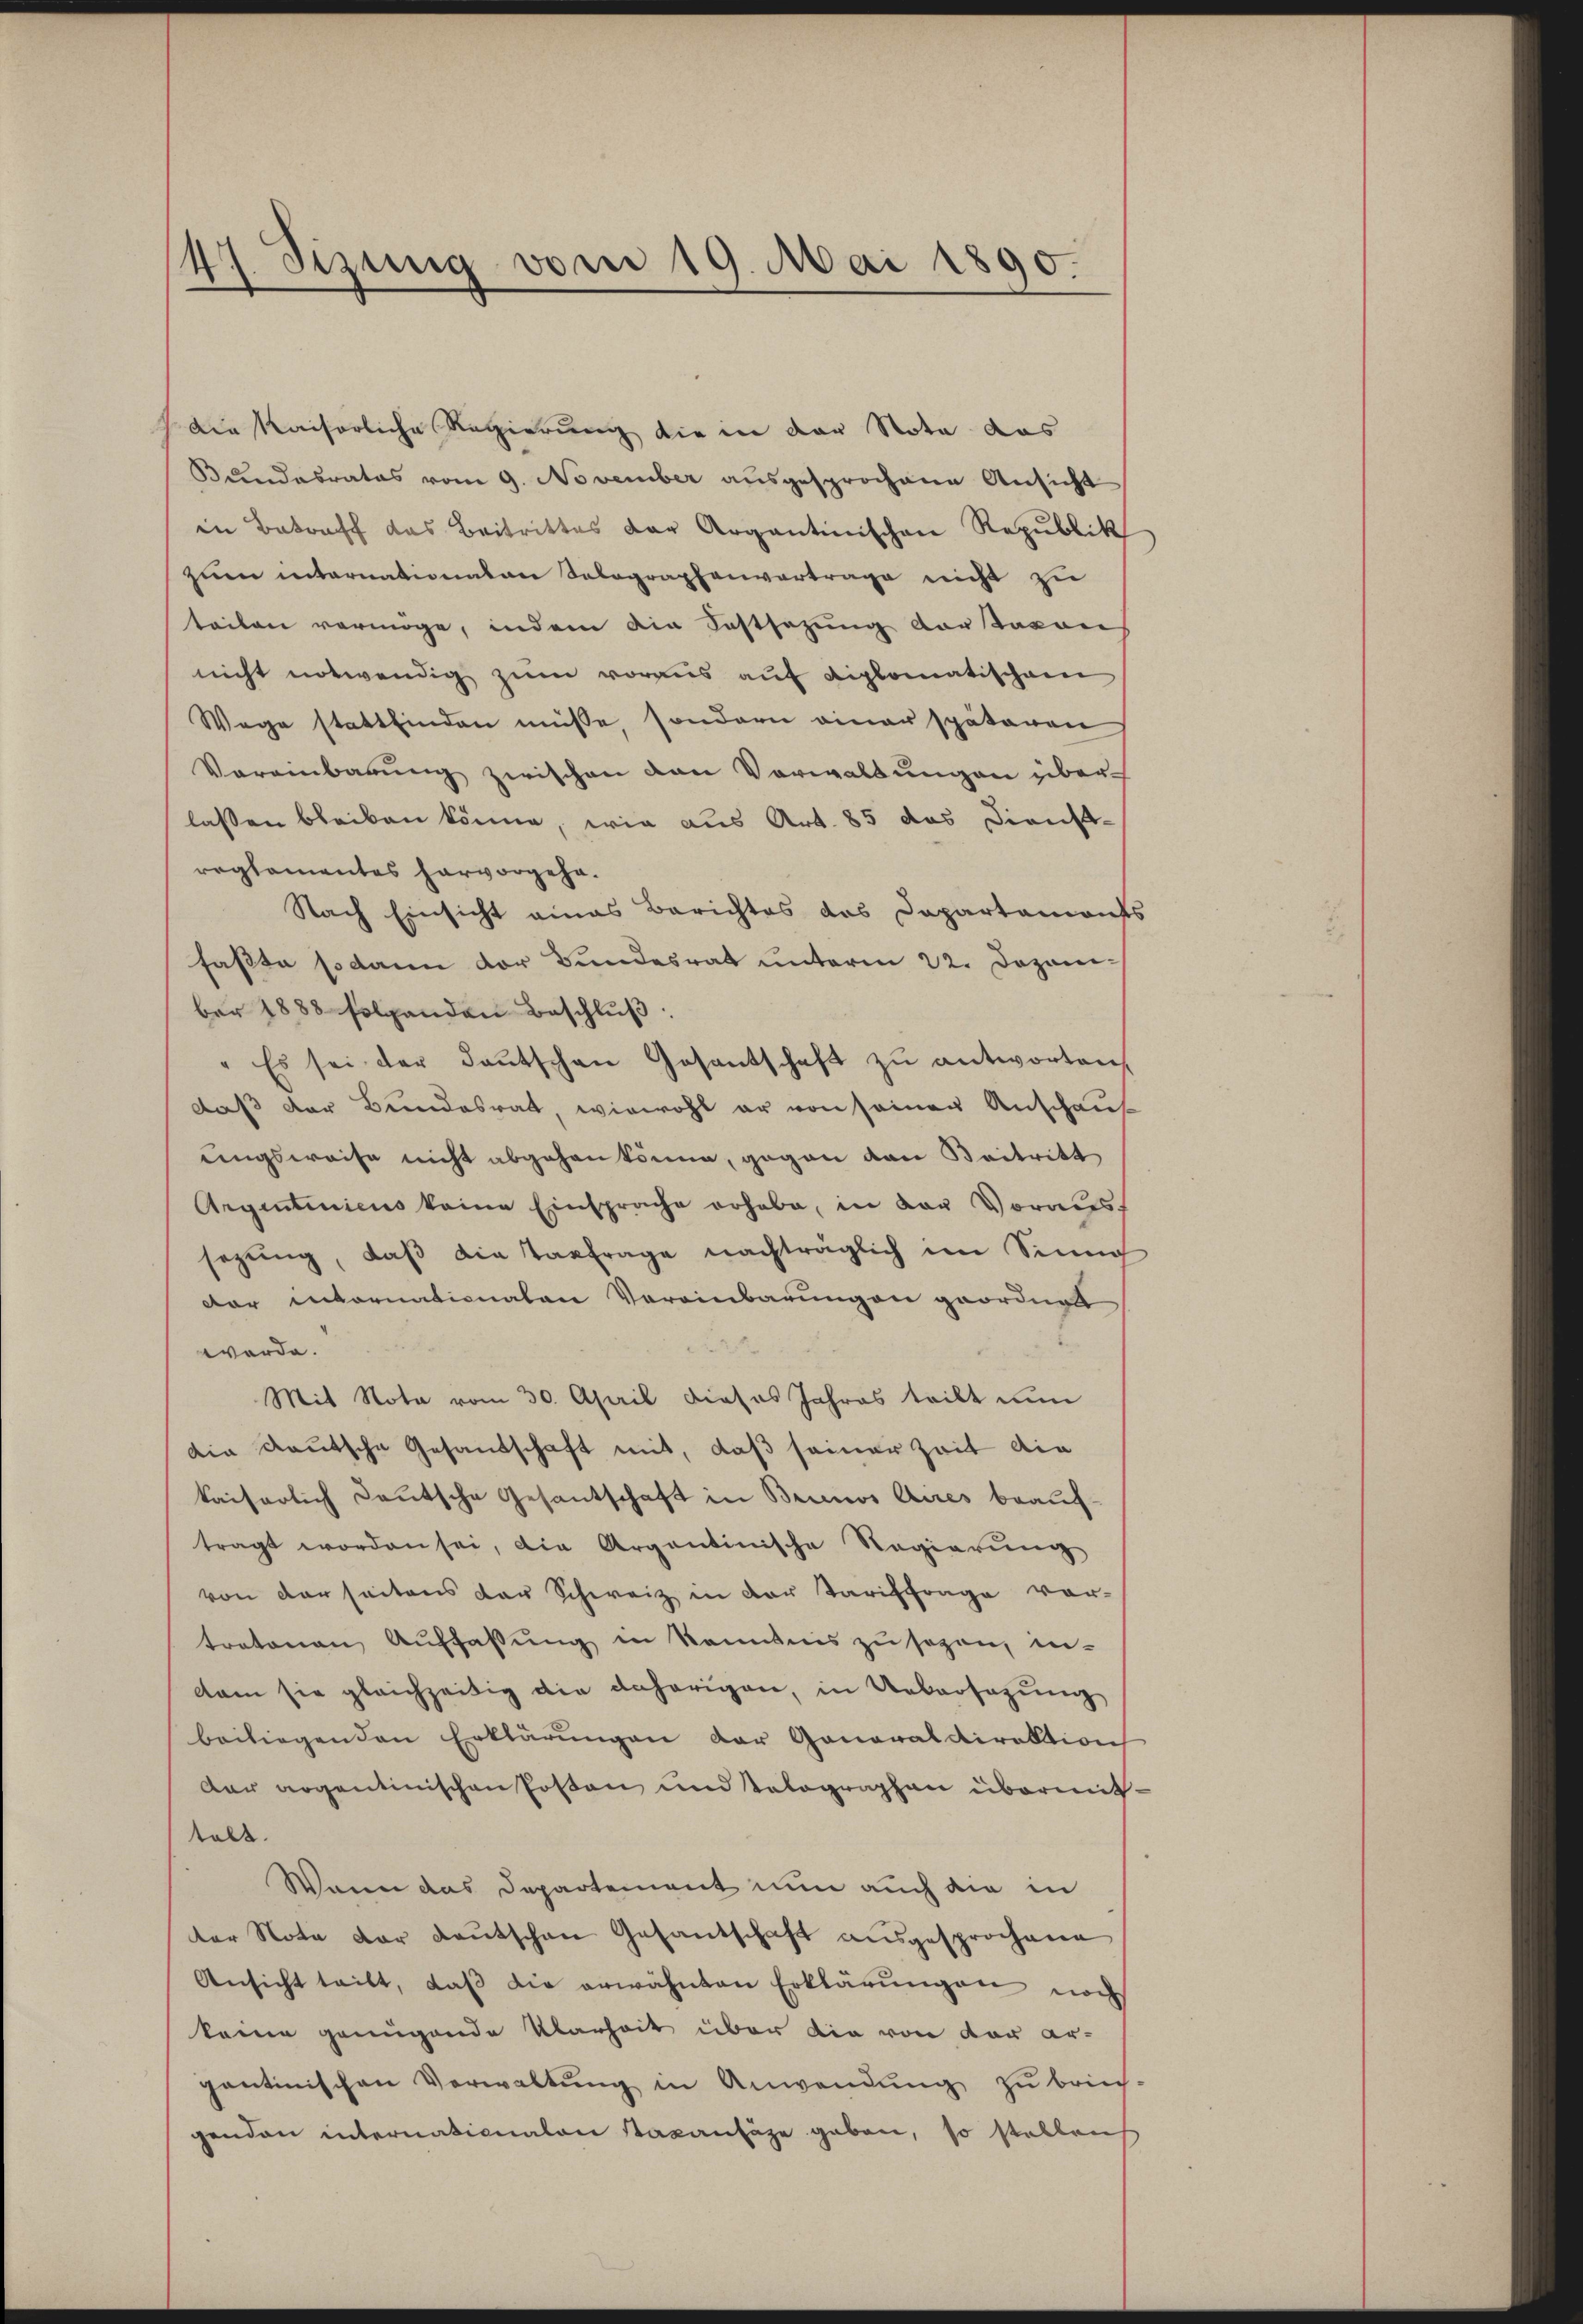
47. Sizung vom 19. Mai 1890.

die Kaiserliche Regierung die in der Nota das
Bundesrates vom 9. November ausgesprochene Ansicht
in Betreff das Beitrittes der Argantinischen Republik
zum internationaten Solographenvertrage nicht zu
teilen vermöge, indem die Festsezung dortarens
nicht notwendig zum voraus auf diplomatischen
Wege stattfinden müsse, sondern einer späteren
Vereinbarung zwischen von Verwaltungen überlassen bleiben könne, wie aus Art. 85 das Dienst-
reglementes hervorgehe.
Nach Einsicht eines Berichtes das Dapartamonts
faßte sodann der Bundesrat unterm 22. Dezember 1888 folgenden Beschluß:
" Es sei der Baŭtschen Gesantschaft zu antworten,
daß der Bundesrat, wiewohl er von seiner Anschaus
ungsweise nicht abgehen könne, gegen den Beitritt
Argentiniens keine Einsprache erhabe, in der Voraussezung, daß die Vorfrage nachträglich im Sinn
dar internationaten Vereinbarungen geordnet
werde.
Mit Nota vom 30. April dieses Jahres teilt nun
dia deutsche Gesandschaft mit, daß seiner Zeit die
kaiserlich deutsche Gesantschaft in Brinos Aires beauftragt worden sei, die Argontinische Regierŭng
von der seitens der Schweiz in der Tariffrage vor-
tratonen Auffassŭng in kenntnis zu sezen, in-
dam sie gleichzeitig die daherigen, in Uebersagung
beiliegenden Erklärungen der Generaldirektion
dar argentinischen Posten und Telographen übermit
talt.
Wenn das Departement nun auch die in
ter Note der Deutschen Gesantschaft ausgesprochene
Ansicht teilt, daβ die erwähnten Erklärŭngen noch
keine genügende Klarheit über die von der argontinischen Verwaltung in Anwendung zu brin-
genden internationalen staxanfäge geben, so stellens